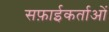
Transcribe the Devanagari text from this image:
सफ़ाईकर्ताओं